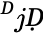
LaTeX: ^ḊjḌ